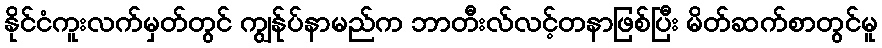
နိုင်ငံကူးလက်မှတ်တွင် ကျွန်ုပ်နာမည်က ဘာတီးလ်လင့်တနာဖြစ်ပြီး မိတ်ဆက်စာတွင်မူ